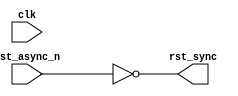
module async2syncRst(
    input clk,
    input rst_async_n,
    output rst_sync
);

  reg rst_s1, rst_s2;
  always @ (posedge clk, negedge rst_async_n) begin
    if (!rst_async_n) begin   
      rst_s1 <= 1'b0;  
      rst_s2 <= 1'b0;  
    end  
    else begin  
      rst_s1 <= 1'b1;  
      rst_s2 <= rst_s1;  
    end  
  end

//  assign rst_sync = ~rst_s2;
    assign rst_sync = ~rst_async_n;

endmodule